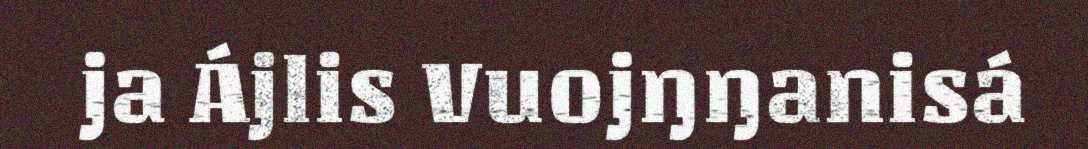
ja Ájlis Vuojŋŋanisá